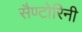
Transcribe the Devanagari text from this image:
सैण्टोरिनी